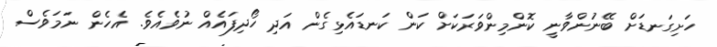
ހަށިގަނޑަށް ބޭނުންވާނީ ކޮންމިންވަރަކަށް ކަން ކަނޑައެޅިގެން އަދި ހޯދިފައެއް ނުވެއެވެ. އެހެން ނަމަވެސް